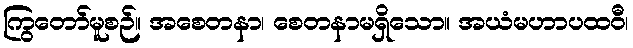
ကြွတော်မူစဉ်။ အစေတနာ၊ စေတနာမရှိသော။ အယံမဟာပထဝီ၊